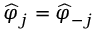
\widehat { \varphi } _ { j } = \widehat { \varphi } _ { - j }